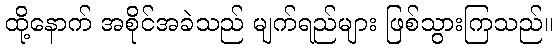
ထို့နောက် အစိုင်အခဲသည် မျက်ရည်များ ဖြစ်သွားကြသည်။